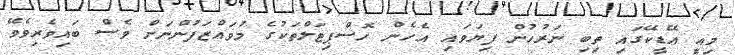
މިއީ އޭޑީކޭގައި ތިބި ނަރުހުން ފިޔަވައި އެހެން ހޮސްޕިޓަލްތަކުގެ މުވައްޒަފުންނަށް ވެސް ބައިވެރިވެވޭ